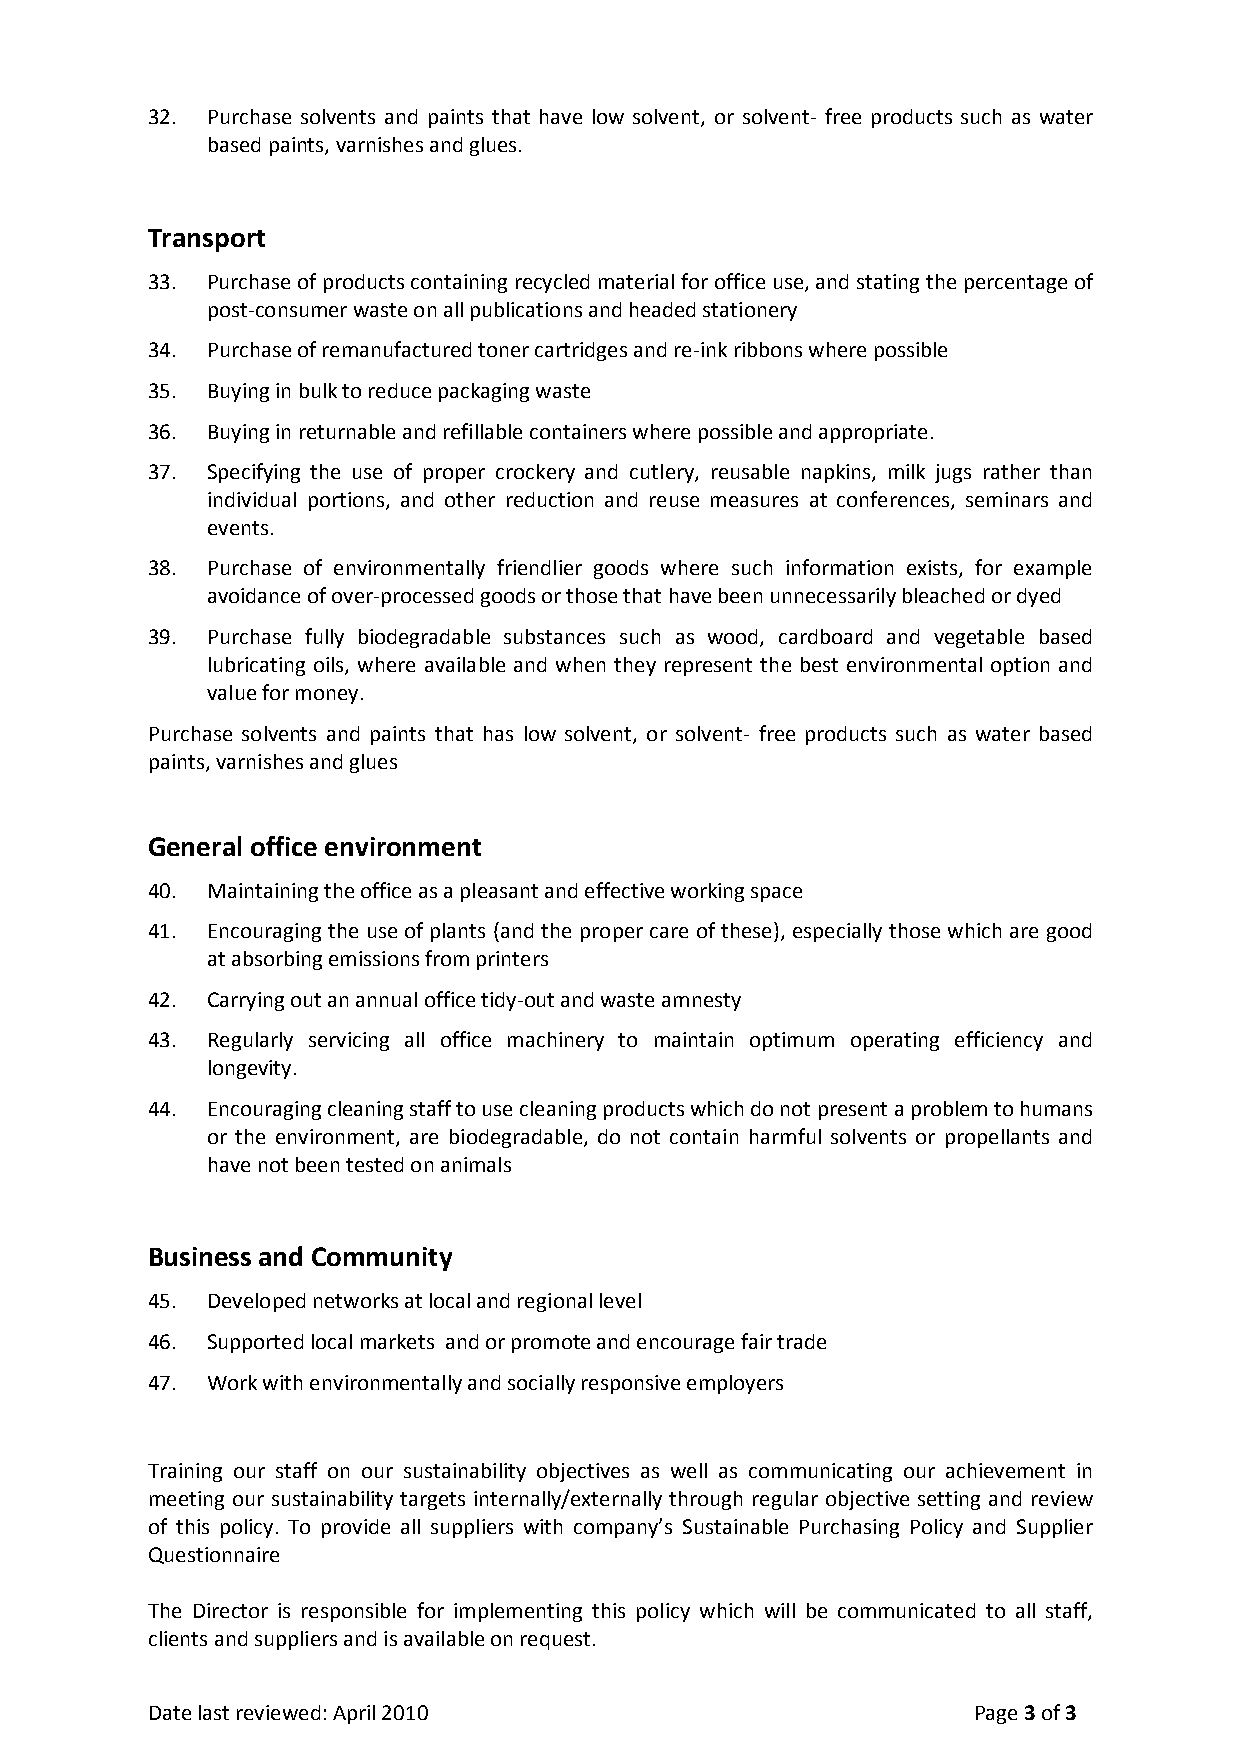
32. Purchase solvents and paints that have low solvent, or solvent- free products such as water
 based paints, varnishes and glues.
 Transport
 33. Purchase of products containing recycled material for office use, and stating the percentage of
 post-consumer waste on all publications and headed stationery
 34. Purchase of remanufactured toner cartridges and re-ink ribbons where possible
 35. Buying in bulk to reduce packaging waste
 36. Buying in returnable and refillable containers where possible and appropriate.
 37. Specifying the use of proper crockery and cutlery, reusable napkins, milk jugs rather than
 individual portions, and other reduction and reuse measures at conferences, seminars and
 events.
 38. Purchase of environmentally friendlier goods where such information exists, for example
 avoidance of over-processed goods or those that have been unnecessarily bleached or dyed
 39. Purchase fully biodegradable substances such as wood, cardboard and vegetable based
 lubricating oils, where available and when they represent the best environmental option and
 value for money.
 Purchase solvents and paints that has low solvent, or solvent- free products such as water based
 paints, varnishes and glues
 General office environment
 40. Maintaining the office as a pleasant and effective working space
 41. Encouraging the use of plants (and the proper care of these), especially those which are good
 at absorbing emissions from printers
 42. Carrying out an annual office tidy-out and waste amnesty
 43. Regularly servicing all office machinery to maintain optimum operating efficiency and
 longevity.
 44. Encouraging cleaning staff to use cleaning products which do not present a problem to humans
 or the environment, are biodegradable, do not contain harmful solvents or propellants and
 have not been tested on animals
 Business and Community
 45. Developed networks at local and regional level
 46. Supported local markets and or promote and encourage fair trade
 47. Work with environmentally and socially responsive employers
 Training our staff on our sustainability objectives as well as communicating our achievement in
 meeting our sustainability targets internally/externally through regular objective setting and review
 of this policy. To provide all suppliers with company’s Sustainable Purchasing Policy and Supplier
 Questionnaire
 The Director is responsible for implementing this policy which will be communicated to all staff,
 clients and suppliers and is available on request.
 Date last reviewed: April 2010                        Page 3 of 3